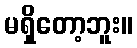
မရှိတော့ဘူး။